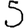
Digit: 5